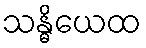
သန္ဓိယေထ